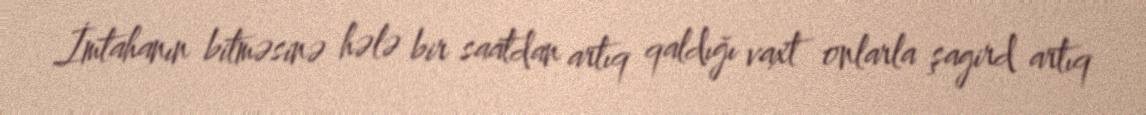
İmtahanın bitməsinə hələ bir saatdan artıq qaldığı vaxt onlarla şagird artıq